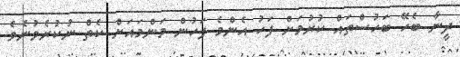
ދީނާ ބެހޭ ބަހުސްތައް ކުރުމަށް ފަހު އެންމެ ފަހުން މަންމައަށް ކެތް ނުކުރެވުނެވެ.